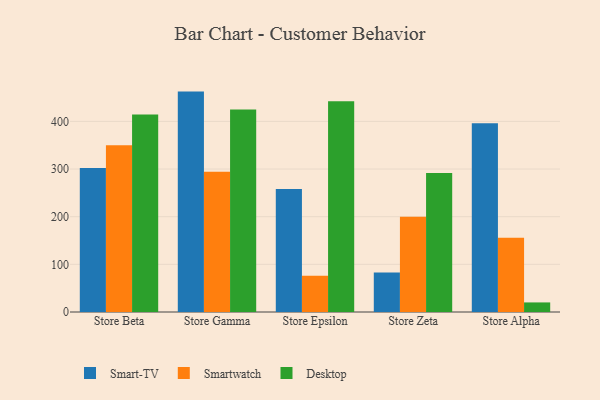
{"axis": {"x": "Store", "y": "Market Share (%)"}, "legend": ["Desktop", "Smart-TV", "Smartwatch"], "data": [{"x": "Store Beta", "y": 302.1, "type": "Smart-TV"}, {"x": "Store Beta", "y": 349.7, "type": "Smartwatch"}, {"x": "Store Beta", "y": 414.4, "type": "Desktop"}, {"x": "Store Gamma", "y": 462.5, "type": "Smart-TV"}, {"x": "Store Gamma", "y": 294.4, "type": "Smartwatch"}, {"x": "Store Gamma", "y": 424.9, "type": "Desktop"}, {"x": "Store Epsilon", "y": 258.3, "type": "Smart-TV"}, {"x": "Store Epsilon", "y": 76.0, "type": "Smartwatch"}, {"x": "Store Epsilon", "y": 442.2, "type": "Desktop"}, {"x": "Store Zeta", "y": 83.0, "type": "Smart-TV"}, {"x": "Store Zeta", "y": 199.8, "type": "Smartwatch"}, {"x": "Store Zeta", "y": 291.6, "type": "Desktop"}, {"x": "Store Alpha", "y": 395.9, "type": "Smart-TV"}, {"x": "Store Alpha", "y": 155.9, "type": "Smartwatch"}, {"x": "Store Alpha", "y": 20.1, "type": "Desktop"}]}